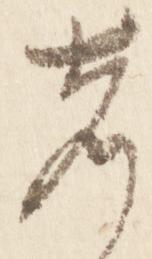
者